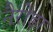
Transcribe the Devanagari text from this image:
नैरोड़ा